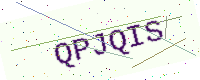
Text: QPJQIS